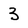
Character: 3